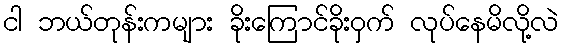
ငါ ဘယ်တုန်းကများ ခိုးကြောင်ခိုးဝှက် လုပ်နေမိလို့လဲ